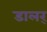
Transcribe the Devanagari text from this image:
डालर्